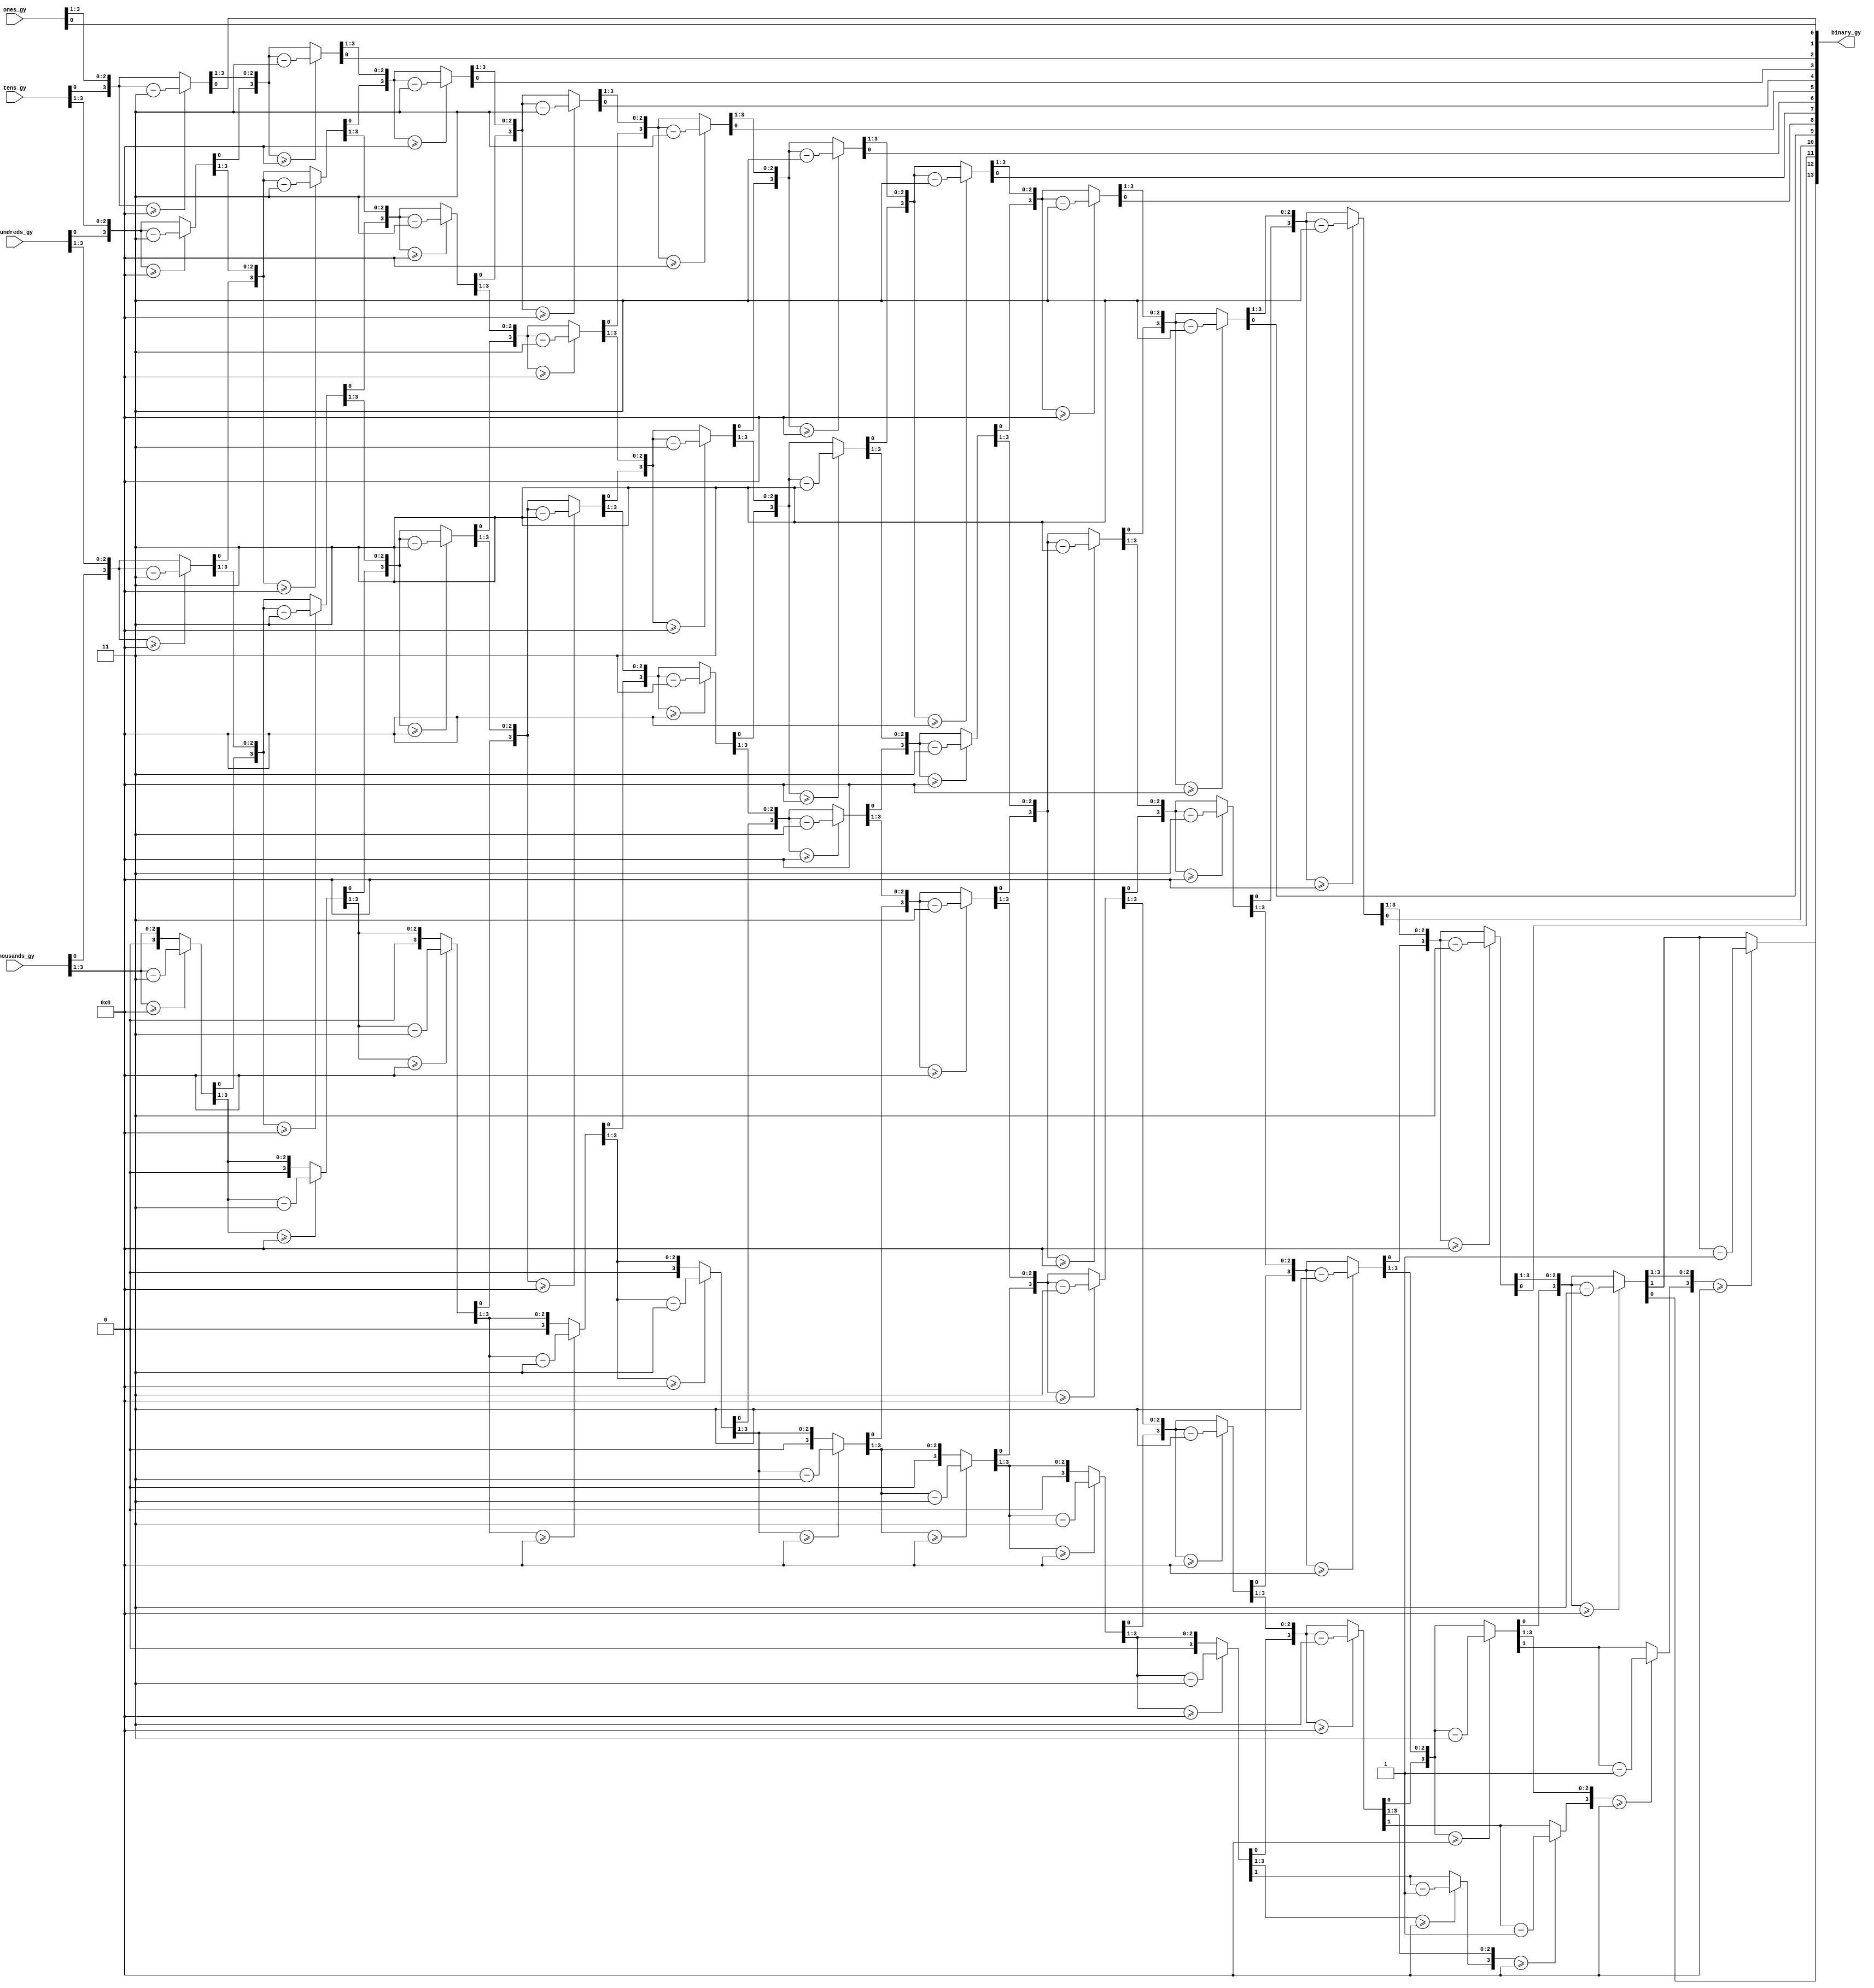
module BCD2binary(
    input [3:0] thousands_gy,
    input [3:0] hundreds_gy,
    input [3:0] tens_gy,
    input [3:0] ones_gy,
    output reg [13:0] binary_gy
);
    reg [29:0] shifter_gy; 
    integer i_gy;
    
    always @(thousands_gy, hundreds_gy, tens_gy, ones_gy) begin 
        shifter_gy[13:0] = 0;
        shifter_gy[17:14] = ones_gy;
        shifter_gy[21:18] = tens_gy;
        shifter_gy[25:22] = hundreds_gy;
        shifter_gy[29:26] = thousands_gy;

        for (i_gy = 0; i_gy < 14; i_gy = i_gy+1) begin 
            shifter_gy = shifter_gy >> 1;    
            if (shifter_gy[17:14] >= 8) 
                shifter_gy[17:14] = shifter_gy[17:14] - 3; 
            if (shifter_gy[21:18] >= 8)             
                shifter_gy[21:18] = shifter_gy[21:18] - 3;
            if (shifter_gy[25:22] >= 8)            
                shifter_gy[25:22] = shifter_gy[25:22] - 3; 
            if (shifter_gy[29:26] >= 8)              
                shifter_gy[29:26] = shifter_gy[29:26] - 3; 
        end
        binary_gy = shifter_gy[13:0];
    end

endmodule